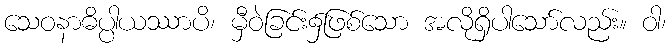
သေဝနာဓိပ္ပါယဿာပိ၊ မှီဝဲခြင်း၌ဖြစ်သော အလိုရှိပါသော်လည်း။ ဝါ၊